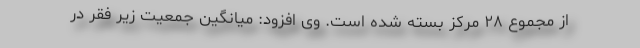
از مجموع ۲۸ مرکز بسته شده است. وی افزود: میانگین جمعیت زیر فقر در